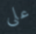
على